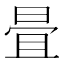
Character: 𣆹